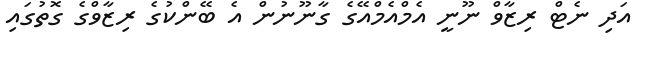
އަދި ނެޓް ރިޒާވް ނޫނީ އެމްއެމްއޭގެ ގާނޫނުން އެ ބޭންކުގެ ރިޒާވްގެ ގޮތުގައި